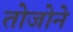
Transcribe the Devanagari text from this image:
तोजोने